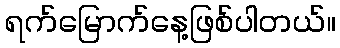
ရက်မြောက်နေ့ဖြစ်ပါတယ်။